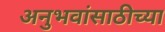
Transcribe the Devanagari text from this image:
अनुभवांसाठीच्या